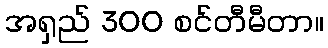
အရှည် 300 စင်တီမီတာ။